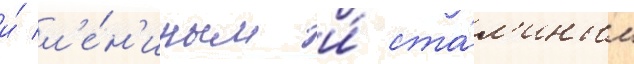
и́ л'е́н'иным и́ ста́л'иным